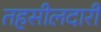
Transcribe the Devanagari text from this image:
तहसीलदारी